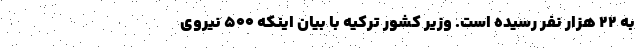
به ۲۲ هزار نفر رسیده است. وزیر کشور ترکیه با بیان اینکه ۵۰۰ نیروی